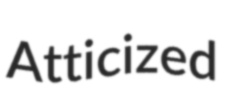
Atticized